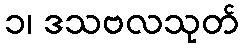
၁၊ ဒသဗလသုတ်